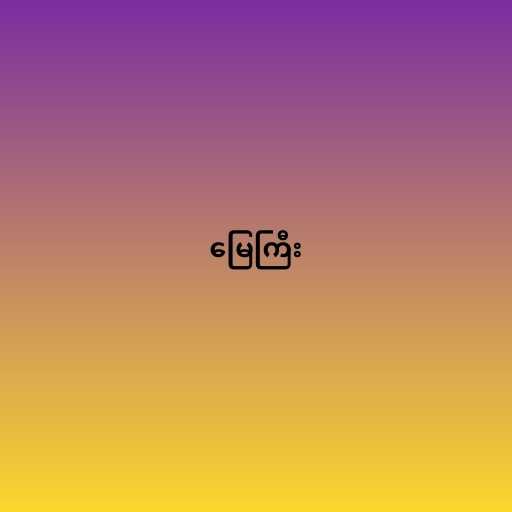
မြေကြီး